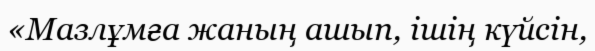
«Мазлұмға жаның ашып, ішің күйсін,